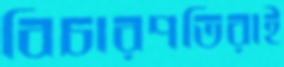
বিচারপতিরাই